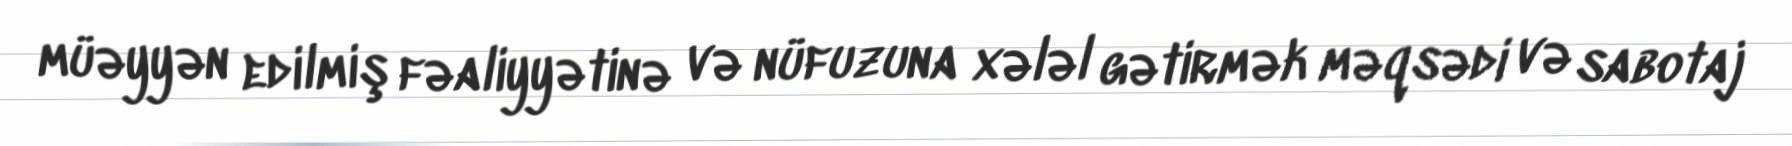
müəyyən edilmiş fəaliyyətinə və nüfuzuna xələl gətirmək məqsədi və sabotaj